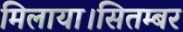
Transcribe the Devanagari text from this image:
मिलाया।सितम्बर